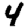
Digit: 4